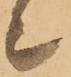
上